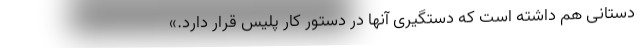
دستانی هم داشته است که دستگیری آنها در دستور کار پلیس قرار دارد.»